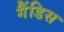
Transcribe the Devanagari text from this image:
गैंडिस